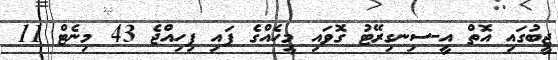
ޖީބުގައި އޮތް އީ-ސިނގިރޭޓު ގޮވައި މީހެއްގެ ފައި ފިހިއްޖެ 43 މިނެޓް 11